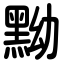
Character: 黝